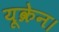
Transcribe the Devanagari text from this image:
यूक्रेन।